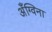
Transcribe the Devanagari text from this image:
अँग्विना